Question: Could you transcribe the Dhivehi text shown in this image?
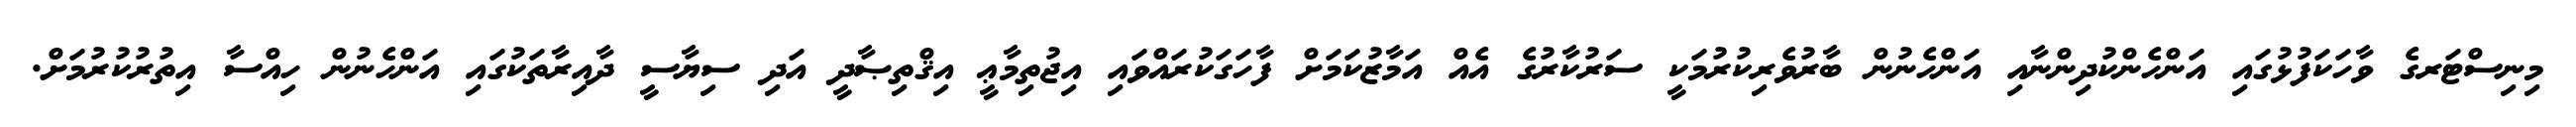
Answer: މިނިސްޓަރގެ ވާހަކަފުޅުގައި އަންހެންކުދިންނާއި އަންހެނުން ބާރުވެރިކުރުމަކީ ސަރުކާރުގެ އެއް އަމާޒުކަމަށް ފާހަގަކުރައްވައި އިޖުތިމާޢީ އިޤްތިޞާދީ އަދި ސިޔާސީ ދާއިރާތަކުގައި އަންހެނުން ހިއްސާ އިތުރުކުރުމަށް.